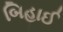
બિહાઈ